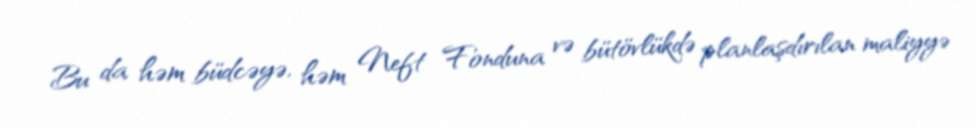
Bu da həm büdcəyə, həm Neft Fonduna və bütövlükdə planlaşdırılan maliyyə